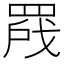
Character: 𬙣